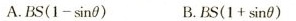
A.$$B S ( 1 - \sin \theta )$$ B.$$B S ( 1 + \sin \theta )$$